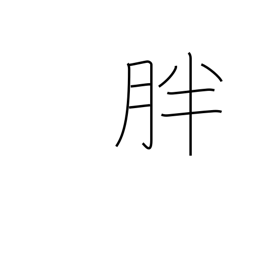
Meaning: plentiful